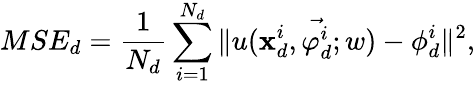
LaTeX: MSE_{d}=\frac{1}{N_{d}}\sum_{i=1}^{N_{d}}\| u(\textbf{x}_{d}^{i},\vec{\varphi_{d}^{i}};w)-\phi_{d}^{i}\| ^{2},